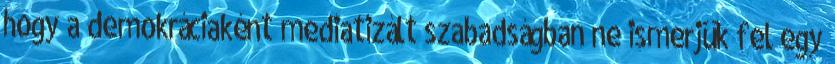
hogy a demokráciaként mediatizált szabadságban ne ismerjük fel egy